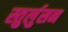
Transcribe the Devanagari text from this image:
स्तुर्लुसन